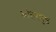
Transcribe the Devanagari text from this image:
आंतरपृष्ठ